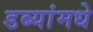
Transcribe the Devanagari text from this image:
डब्यांमधे